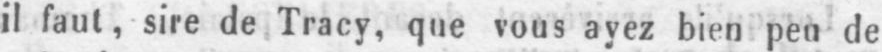
il faut, sire de Tracy, que vous ayez bien peu de